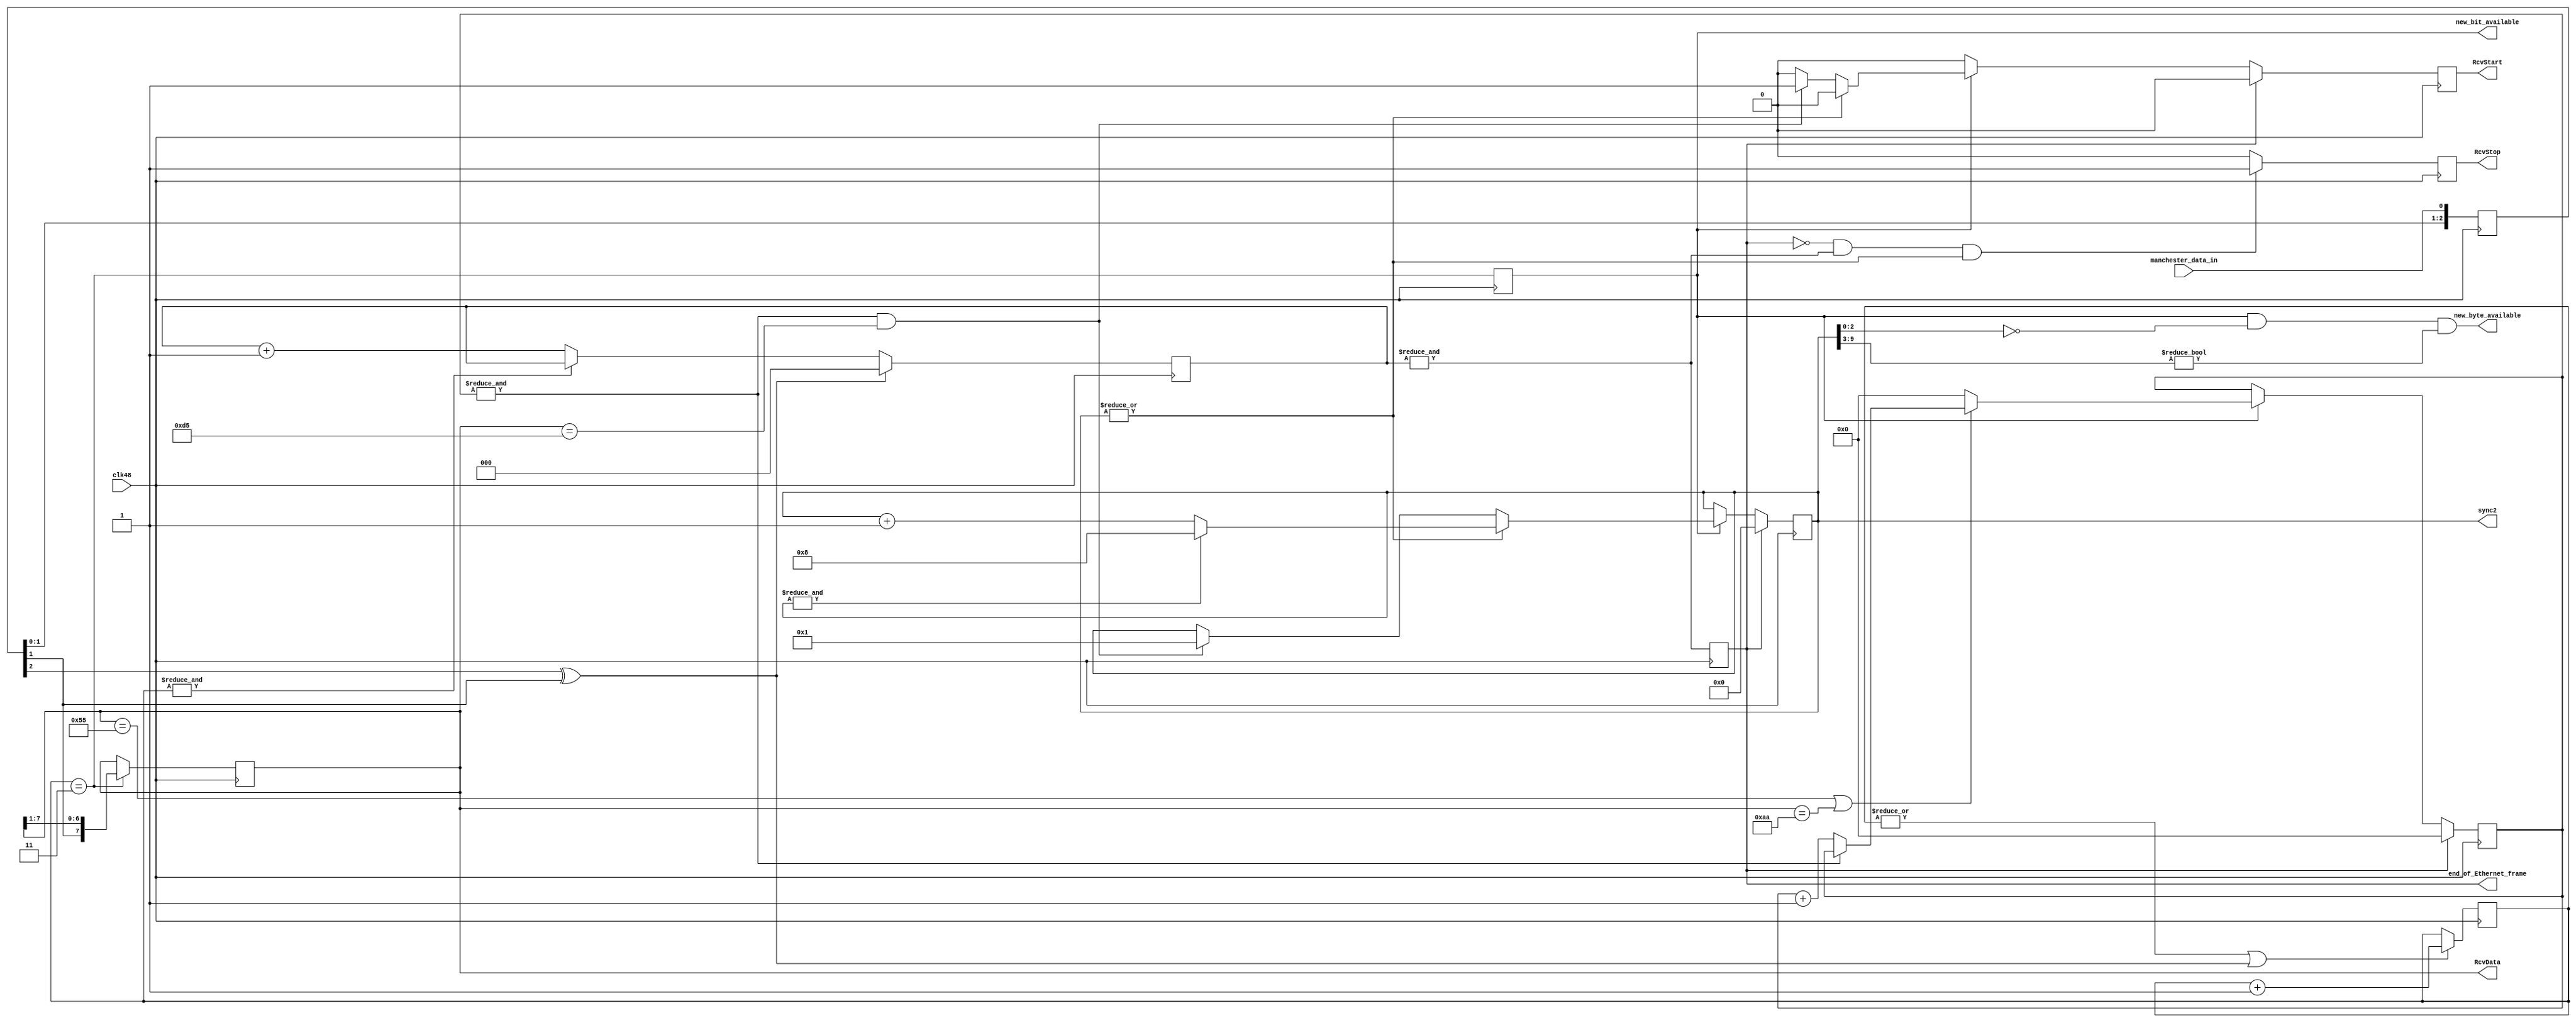
`timescale 1ns / 1ps
// 10BASE-T receiving interface (based on fpga4fun.com version)
module TENBASET_RxD(clk48,
	manchester_data_in,
	RcvData, RcvStart, RcvStop, new_bit_available, new_byte_available, end_of_Ethernet_frame,	sync2);
	
input clk48;
input manchester_data_in;
output [7:0] RcvData;
output RcvStart;
output RcvStop;
output new_bit_available;
output new_byte_available;
output end_of_Ethernet_frame;
output [9:0] sync2;

reg [7:0] RcvData = 0;
reg RcvStart = 0;
reg RcvStop = 0;
reg new_bit_available = 0;
reg end_of_Ethernet_frame = 0;

reg [2:0] in_data = 0;
reg [1:0] cnt = 0;
reg [2:0] transition_timeout = 0;
reg [4:0] sync1 = 0;
reg [9:0] sync2 = 0;

wire new_byte_available = ((new_bit_available) && (sync2[2:0] == 3'h0) && (sync2[9:3] != 0));  

always @(posedge clk48) begin
	in_data <= {in_data[1:0], manchester_data_in};
	new_bit_available <= (cnt == 3);
	if (|cnt || (in_data[2] ^ in_data[1])) 
		cnt <= cnt + 1;
	if (cnt == 3) 
		RcvData <= {in_data[1], RcvData[7:1]};
end

/////////////////////////////////////////////////
always @(posedge clk48)	begin
	if (end_of_Ethernet_frame)
		sync1 <= 0; 
	else if (new_bit_available) 
		begin
		if (!(RcvData == 8'h55 || RcvData == 8'hAA)) // not preamble?
			sync1 <= 0;
		else if (~&sync1) // if all bits of this "sync1" counter are one, we decide that enough of the preamble
							 // has been received, so stop counting and wait for "sync2" to detect the SFD
			sync1 <= sync1 + 1; // otherwise keep counting
		end
end

always @(posedge clk48) begin
	RcvStart <= 0;
	if (end_of_Ethernet_frame)
		sync2 <= 0;
	else if (new_bit_available) 
		begin
		if  (|sync2) // if the SFD has already been detected (Ethernet data is coming in)
			begin
			sync2 <= sync2 + 1; // then count the bits coming in
			if (&sync2)
				sync2 <= 8;
			end
		else if (&sync1 && RcvData == 8'hD5) // otherwise, let's wait for the SFD (0xD5)
			begin
			RcvStart <= 1;
			sync2 <= 1;
			end
		end
end

/////////////////////////////////////////////////
// if no clock transistion is detected for some time, that's the end of the Ethernet frame

always @(posedge clk48) begin
	if (in_data[2] ^ in_data[1]) 
		transition_timeout <= 0;
	else if (~&cnt) 
		transition_timeout <= transition_timeout + 1;
end

always @(posedge clk48) begin 
	RcvStop <= 0;
	end_of_Ethernet_frame <= &transition_timeout;
	if (!end_of_Ethernet_frame && &transition_timeout && |sync2)
		RcvStop <= 1;
end

endmodule